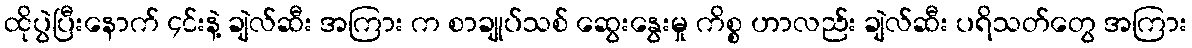
ထိုပွဲပြီးနောက် ၄င်းနဲ့ ချဲလ်ဆီး အကြား က စာချုပ်သစ် ဆွေးနွေးမှု ကိစ္စ ဟာလည်း ချဲလ်ဆီး ပရိသတ်တွေ အကြား